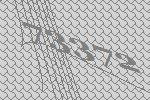
73372